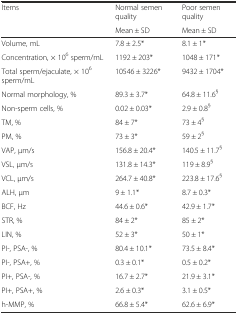
| Items | Normal semen quality | Poor semen quality |
 |  | Mean ± SD | Mean ± SD |
 | --- | --- | --- |
 | Volume, mL | 7.8 ± 2.5* | 8.1 ± 1* |
 | Concentration, × 106 sperm/mL | 1192 ± 203* | 1048 ± 171* |
 | Total sperm/ejaculate, × 106 sperm/mL | 10546 ± 3226* | 9432 ± 1704* |
 | Normal morphology, % | 89.3 ± 3.7* | 64.8 ± 11.6§ |
 | Non-sperm cells, % | 0.02 ± 0.03* | 2.9 ± 0.8§ |
 | TM, % | 84 ± 7* | 73 ± 4§ |
 | PM, % | 73 ± 3* | 59 ± 2§ |
 | VAP, μm/s | 156.8 ± 20.4* | 140.5 ± 11.7§ |
 | VSL, μm/s | 131.8 ± 14.3* | 119 ± 8.9§ |
 | VCL, μm/s | 264.7 ± 40.8* | 223.8 ± 17.6§ |
 | ALH, μm | 9 ± 1.1* | 8.7 ± 0.3* |
 | BCF, Hz | 44.6 ± 0.6* | 42.9 ± 1.7* |
 | STR, % | 84 ± 2* | 85 ± 2* |
 | LIN, % | 52 ± 3* | 50 ± 1* |
 | PI-, PSA-, % | 80.4 ± 10.1* | 73.5 ± 8.4* |
 | PI-, PSA+, % | 0.3 ± 0.1* | 0.5 ± 0.2* |
 | PI+, PSA-, % | 16.7 ± 2.7* | 21.9 ± 3.1* |
 | PI+, PSA+, % | 2.6 ± 0.3* | 3.1 ± 0.5* |
 | h-MMP, % | 66.8 ± 5.4* | 62.6 ± 6.9* |